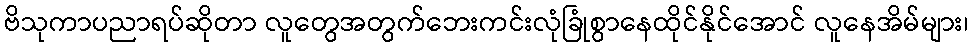
ဗိသုကာပညာရပ်ဆိုတာ လူတွေအတွက်ဘေးကင်းလုံခြုံစွာနေထိုင်နိုင်အောင် လူနေအိမ်များ၊